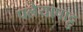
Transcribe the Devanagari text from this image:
पलैयापाट्टु